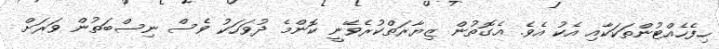
ހިފެހެއްޓުންތަކަކާއި އެކު އެވެ. އެގޮތުން ޒިޔާރަތްކުރެވޭނީ ކޮންމެ ދުވަހަކު ވެސް ނިސްބަތުން ވަރަށް